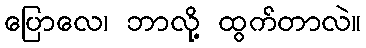
ပြောလေ၊ ဘာလို့ ထွက်တာလဲ။